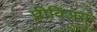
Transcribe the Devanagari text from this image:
प्रीविअस